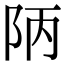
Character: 陃